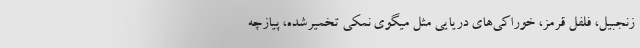
زنجبیل، فلفل قرمز، خوراکی‌های دریایی مثل میگوی نمکی تخمیرشده، پیازچه